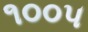
૧૦૦૫